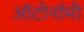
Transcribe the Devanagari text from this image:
ऑटोनॉमी